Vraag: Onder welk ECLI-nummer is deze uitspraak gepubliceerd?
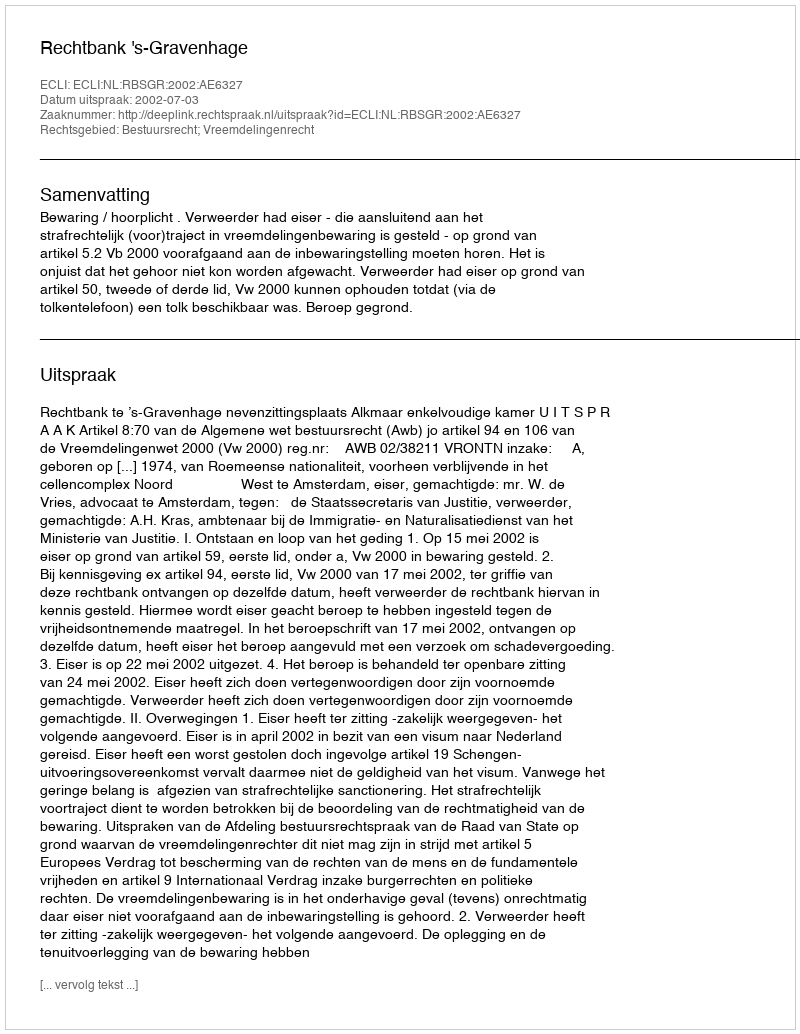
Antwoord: ECLI:NL:RBSGR:2002:AE6327